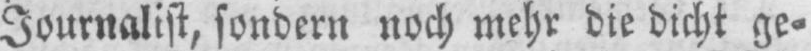
Journalist, sondern noch mehr die dicht ge⸗